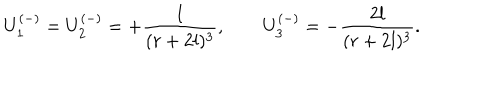
U _ { 1 } ^ { ( - ) } = U _ { 2 } ^ { ( - ) } = + \frac { l } { ( r + 2 l ) ^ { 3 } } , \qquad U _ { 3 } ^ { ( - ) } = - \frac { 2 l } { ( r + 2 l ) ^ { 3 } } .